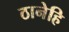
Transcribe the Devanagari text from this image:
ठानेहि